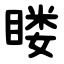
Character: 䁖